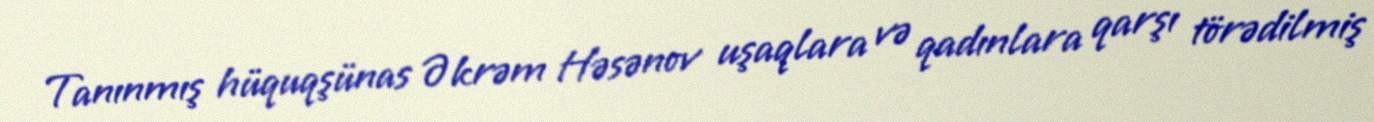
Tanınmış hüquqşünas Əkrəm Həsənov uşaqlara və qadınlara qarşı törədilmiş